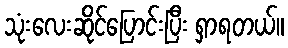
သုံးလေးဆိုင်ပြောင်းပြီး ရှာရတယ်။